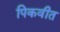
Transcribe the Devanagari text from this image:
पिकवीत